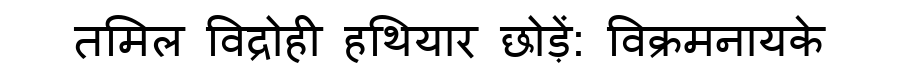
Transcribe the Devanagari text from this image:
तमिल विद्रोही हथियार छोड़ें: विक्रमनायके